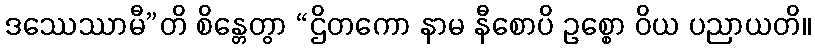
ဒဿေဿာမီ”တိ စိန္တေတွာ “ဌိတကော နာမ နီစောပိ ဥစ္စော ဝိယ ပညာယတိ။